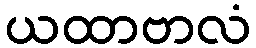
ယထာဗာလံ